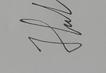
Signature authenticity: genuine